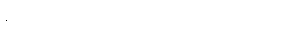
ကောက်ရိုးဖျာ ခင်းပြီး စပါးလှန်းထားသည်။